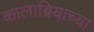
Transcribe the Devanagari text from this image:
कालाब्रियाच्या